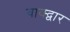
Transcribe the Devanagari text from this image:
वाक्द्वार